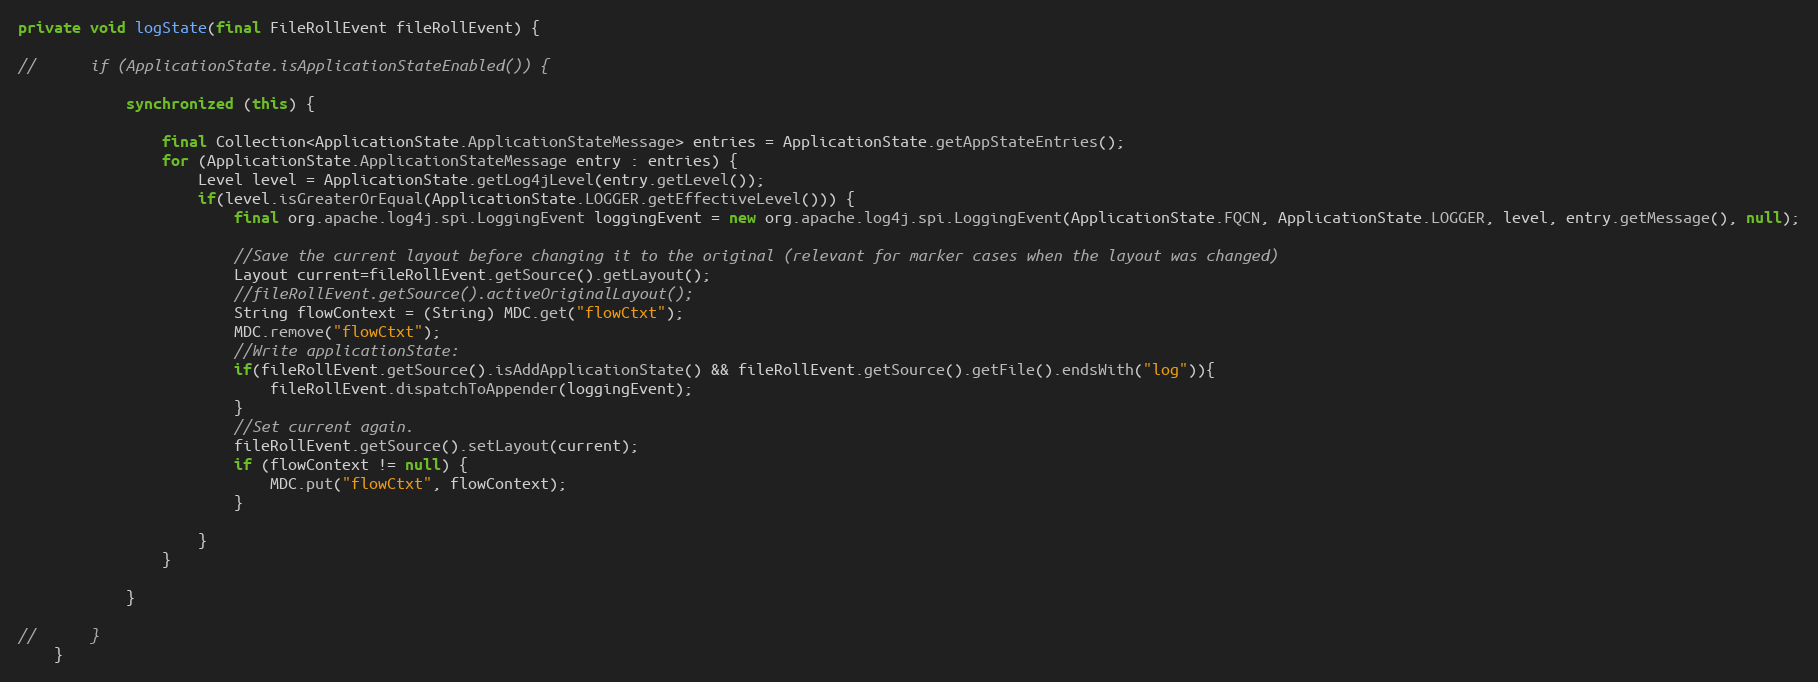
Language: Java
private void logState(final FileRollEvent fileRollEvent) {

//		if (ApplicationState.isApplicationStateEnabled()) {

			synchronized (this) {

				final Collection<ApplicationState.ApplicationStateMessage> entries = ApplicationState.getAppStateEntries();
				for (ApplicationState.ApplicationStateMessage entry : entries) {
                    Level level = ApplicationState.getLog4jLevel(entry.getLevel());
				    if(level.isGreaterOrEqual(ApplicationState.LOGGER.getEffectiveLevel())) {
						final org.apache.log4j.spi.LoggingEvent loggingEvent = new org.apache.log4j.spi.LoggingEvent(ApplicationState.FQCN, ApplicationState.LOGGER, level, entry.getMessage(), null);

						//Save the current layout before changing it to the original (relevant for marker cases when the layout was changed)
						Layout current=fileRollEvent.getSource().getLayout();
						//fileRollEvent.getSource().activeOriginalLayout();
						String flowContext = (String) MDC.get("flowCtxt");
						MDC.remove("flowCtxt");
						//Write applicationState:
						if(fileRollEvent.getSource().isAddApplicationState() && fileRollEvent.getSource().getFile().endsWith("log")){
							fileRollEvent.dispatchToAppender(loggingEvent);
						}
						//Set current again.
						fileRollEvent.getSource().setLayout(current);
						if (flowContext != null) {
							MDC.put("flowCtxt", flowContext);
						}

					}
				}

			}

//		}
	}